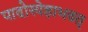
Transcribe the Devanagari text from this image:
पादोस्येहाभवत्